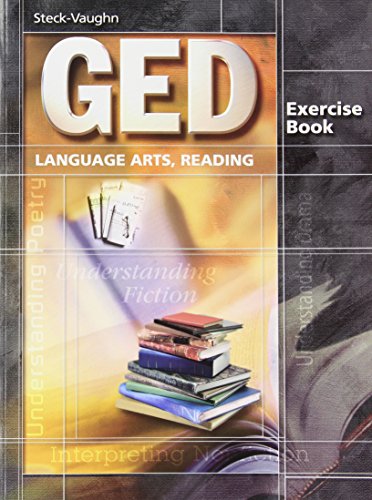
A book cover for GED Exercise Books: Student Workbook Language Arts, Reading; STECK-VAUGHN; Test Preparation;